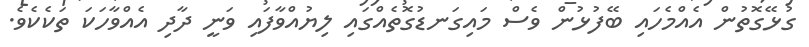
ގުޅޭގޮތުން އެއްމެހައި ބޭފުޅުން ވެސް މައިގަނޑުގޮތެއްގައި ލިޔުއްވާފައި ވަނީ ދާދި އެއްވާހަކަ ތަކެކެވެ.